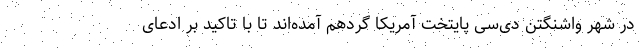
در شهر واشنگتن دی‌سی پایتخت آمریکا گردهم آمده‌اند تا با تاکید بر ادعای